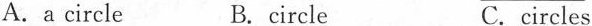
A.a circle B.circle C.circles